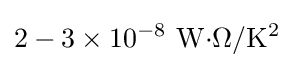
2-3\times 10^{-8}~\mathrm {W{\cdot }\Omega /K^{2}}